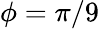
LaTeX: \phi=\pi/9